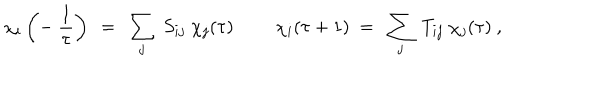
LaTeX: \chi _ { i } \left( - \ { \frac { 1 } { \tau } } \right) \ = \ \sum _ { j } \ S _ { i j } \ \chi _ { j } ( \tau ) \ \qquad \chi _ { i } ( \tau + 1 ) \ = \ \sum _ { j } \ T _ { i j } \ \chi _ { j } ( \tau ) \ ,